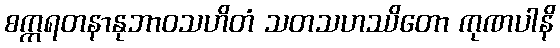
စက္ကရတနာနုဘာဝသဟိတံ သတသဟဿိတော ကုဏပါနိ